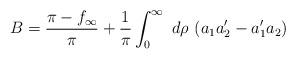
LaTeX: \begin{align*}B = \frac{\pi - f_{\infty}}{\pi} + \frac{1}{\pi} \int_0^{\infty}~d\rho~(a_1 a_2^{\prime} -a_1^{\prime} a_2)\end{align*}